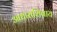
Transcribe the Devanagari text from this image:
आधाराशिवाय